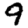
Digit: 9